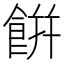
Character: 餠